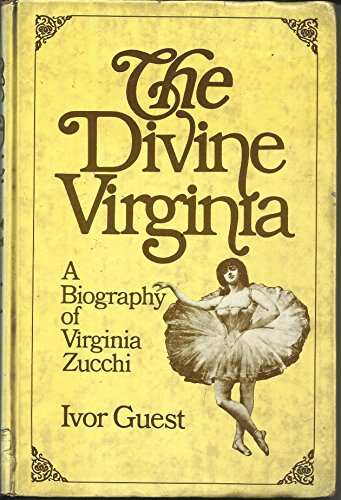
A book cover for The Divine Virginia: A Biography of Virginia Zucchi; Ivor Guest; Biographies & Memoirs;